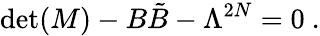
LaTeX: \operatorname*{det}(M)-B{\tilde{B}}-\Lambda^{2N}=0~.